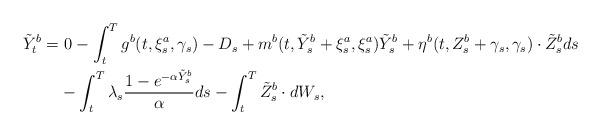
LaTeX: \begin{align*} \tilde Y_t^{b} =&\ 0-\int_{t}^{T} g^b(t,\xi_s^a,\gamma_s)-D_s+m^b(t,\tilde Y_s^b +\xi_s^a,\xi_s^a)\tilde Y_s^b+\eta^b(t,Z_s^b+\gamma_s,\gamma_s)\cdot \tilde Z_s^bds\\&-\int_t^T\lambda_s\frac{1-e^{-\alpha \tilde Y_s^{b}}}{\alpha}ds-\int_{t}^{T}\tilde Z_s^{b}\cdot dW_s,\end{align*}